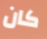
كان